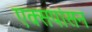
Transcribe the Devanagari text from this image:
एक्सपांसन